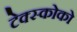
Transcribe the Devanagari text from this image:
टेक्स्कोको